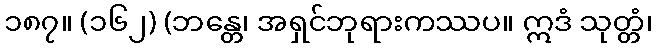
၁၈၇။ (၁၆၂) (ဘန္တေ၊ အရှင်ဘုရားကဿပ။ ဣဒံ သုတ္တံ၊